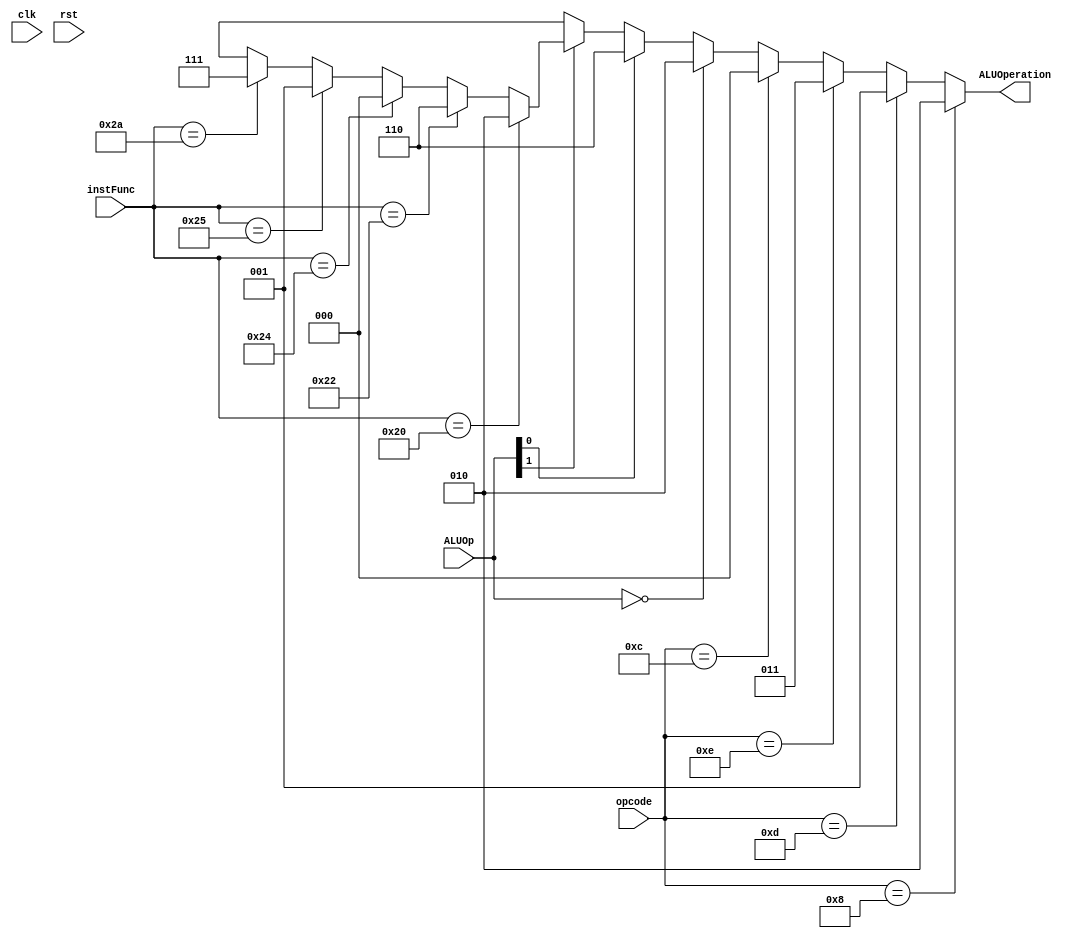
//opcodes
`define OPCODE_RTYPE    6'b000000
`define OPCODE_ADDI     6'b001000
`define OPCODE_ANDI     6'b001100
`define OPCODE_ORI      6'b001101
`define OPCODE_XORI		6'b001110


// ALU operations
`define OP_AND 3'b000
`define OP_OR  3'b001
`define OP_XOR 3'b011  // by convention
`define OP_ADD 3'b010
`define OP_SUB 3'b110
`define OP_SLT 3'b111

// Functions
`define FUNC_ADD     6'b100000
`define FUNC_AND     6'b100100
`define FUNC_JR      6'b001000
`define FUNC_OR      6'b100101
`define FUNC_XOR	 6'b100110
`define FUNC_SLT     6'b101010
`define FUNC_SUB     6'b100010
`define FUNC_MULT	 6'b011000
`define FUNC_MFLO	 6'b010010
`define FUNC_MFHI	 6'b010000

module alu_control(clk, rst, opcode, instFunc, ALUOp, 
					ALUOperation);
	input wire clk, rst;
	input wire[5:0] instFunc;
	input wire[5:0] opcode;
	input wire[1:0] ALUOp;
	output wire[2:0] ALUOperation;


	assign ALUOperation = 	(opcode == `OPCODE_ADDI) ? `OP_ADD :
				(opcode == `OPCODE_ORI) ? `OP_OR :
				(opcode == `OPCODE_XORI) ? `OP_XOR :
				(opcode == `OPCODE_ANDI) ? `OP_AND : 
						((ALUOp == 2'b00) ? `OP_ADD :  
						(ALUOp[0] == 1'b1) ? `OP_SUB : 
						(ALUOp[1] == 1'b1) ? (instFunc == `FUNC_ADD ? `OP_ADD :
											instFunc == `FUNC_SUB ? `OP_SUB :
											instFunc == `FUNC_AND ? `OP_AND :
											instFunc == `FUNC_OR ? `OP_OR :
											instFunc == `FUNC_SLT ? `OP_SLT :
											3'bxxx) :
						3'bxxx);

endmodule // alu_control